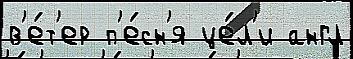
в'е́т'ер п'е́сн'я це́л'и англ